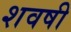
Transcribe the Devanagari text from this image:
शवषी